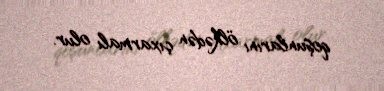
qoşunlarını ölkədən çıxarmalı olur.